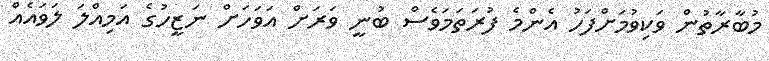
މުބާރާތުން ވަކިވުމަށްފަހު އެންމެ ފުރަތަމަވެސް ބުނީ ވަރަށް އަވަހަށް ނަޒީހުގެ އަމިއްލަ ލަވައެއް